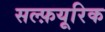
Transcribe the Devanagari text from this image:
सल्फ़यूरिक